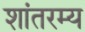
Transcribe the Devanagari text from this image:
शांतरम्य